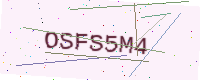
Text: OSFS5M4